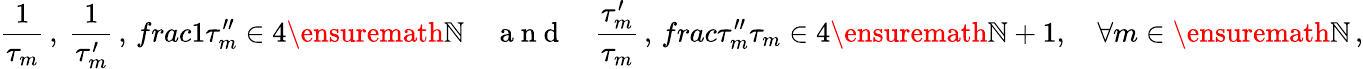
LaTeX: \frac{1}{\tau_{m}}\, ,\ \frac{1}{\tau_{m}^{\prime}}\, ,\, frac{1}{\tau_{m}^{\prime\prime}}\in 4\ensuremath{\mathbb{N}}\quad\mathrm{~a~n~d~}\quad\frac{\tau_{m}^{\prime}}{\tau_{m}}\, ,\, frac{\tau_{m}^{\prime\prime}}{\tau_{m}}\in 4\ensuremath{\mathbb{N}}+1,\quad\forall m\in\ensuremath{\mathbb{N}}\, ,